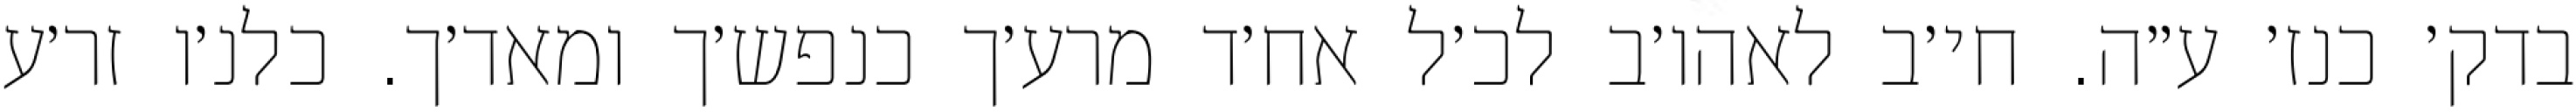
בדק׳ כנז׳ ע״ה. חי׳ב לאהו׳ב לכ׳ל אח׳ד מרע׳ך כנפש׳ך ומאד׳ך. כלנ׳ו זר׳ע